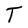
Character: T